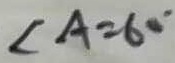
\angle A = 6 0 ^ { \circ }